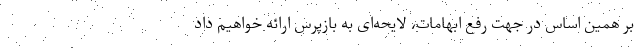
بر همین اساس در جهت رفع ابهامات، لایحه‌ای به بازپرس ارائه خواهیم داد